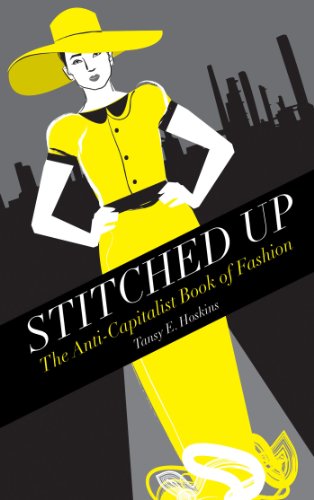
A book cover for Stitched Up: The Anti-Capitalist Book of Fashion (Counterfire); Tansy E. Hoskins; Business & Money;